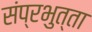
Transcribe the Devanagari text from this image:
संप्रभुत्ता